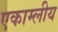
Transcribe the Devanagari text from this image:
एकाम्लीय